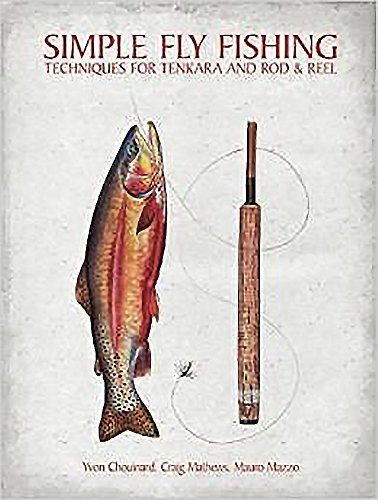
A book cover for Simple Fly Fishing: Techniques for Tenkara and Rod and Reel; Yvon Chouinard; Science & Math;